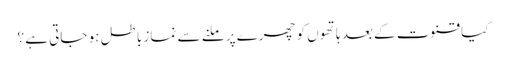
کیا قنوت کے بعد ہاتھوں کو چھرے پر ملنے سے نماز باطل ہو جاتی ہے ؟